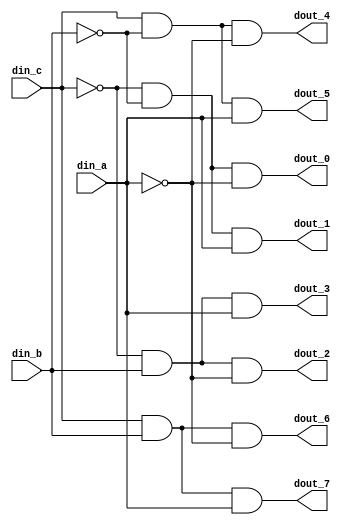
`timescale 1ns/10ps
// // 2x4 decoder
// module decoder(
//     din_a,
//     din_b,
//     dout_0,
//     dout_1,
//     dout_2,
//     dout_3
// );

// input din_a;
// input din_b;

// output dout_0;
// output dout_1;
// output dout_2;
// output dout_3;

// assign dout_0 = (~din_a) & (~din_b);
// assign dout_1 = (din_a) & (~din_b);
// assign dout_2 = (~din_a) & (din_b);
// assign dout_3 = (din_a) & (din_b);

// endmodule

// 3x8 decoder
module decoder(
    din_a,
    din_b,
    din_c,
    dout_0,
    dout_1,
    dout_2,
    dout_3,
    dout_4,
    dout_5,
    dout_6,
    dout_7
);

input din_a;
input din_b;
input din_c;

output dout_0;
output dout_1;
output dout_2;
output dout_3;
output dout_4;
output dout_5;
output dout_6;
output dout_7;

assign dout_0 = (~din_c) & (~din_b) & (~din_a);
assign dout_1 = (~din_c) & (~din_b) & (din_a);
assign dout_2 = (~din_c) & (din_b) & (~din_a);
assign dout_3 = (~din_c) & (din_b) & (din_a);
assign dout_4 = (din_c) & (~din_b) & (~din_a);
assign dout_5 = (din_c) & (~din_b) & (din_a);
assign dout_6 = (din_c) & (din_b) & (~din_a);
assign dout_7 = (din_c) & (din_b) & (din_a);

endmodule